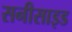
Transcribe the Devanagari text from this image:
सनीसाइड